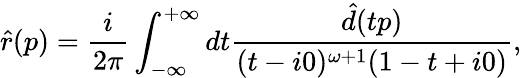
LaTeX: \hat{r}(p)=\frac{i}{2\pi}\int_{-\infty}^{+\infty}dt\frac{\hat{d}(tp)}{(t-i0)^{\omega+1}(1-t+i0)},